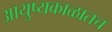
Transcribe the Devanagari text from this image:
आयुष्यकाळातच